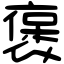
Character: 褒